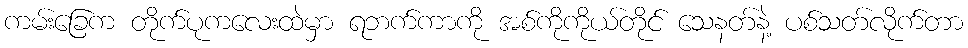
ကမ်းခြေက တိုက်ပုကလေးထဲမှာ ရဘက်ကာကို အစ်ကိုကိုယ်တိုင် သေနတ်နဲ့ ပစ်သတ်လိုက်တာ